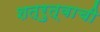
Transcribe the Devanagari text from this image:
शत्रुत्वाची